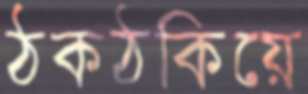
ঠকঠকিয়ে